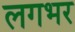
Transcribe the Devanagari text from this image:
लगभर